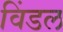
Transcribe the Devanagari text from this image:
विंडल